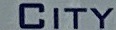
CITY